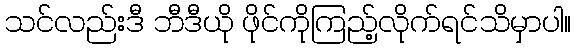
သင်လည်းဒီ ဘီဒီယို ဖိုင်ကိုကြည့်လိုက်ရင်သိမှာပါ။